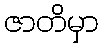
ဇာတိမှာ